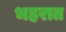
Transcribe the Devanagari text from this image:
भहरात